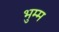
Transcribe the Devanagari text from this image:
भुम्म